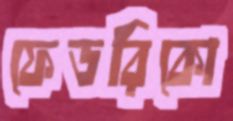
ফেডরিকো